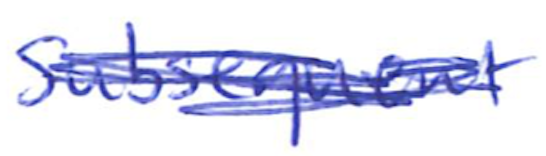
Text: Subsequent
Cross-out: scratch
Writing tool: ballpoint